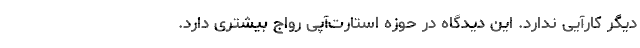
دیگر کارآیی ندارد. این دیدگاه در حوزه استارت‌آپی رواج بیشتری دارد.